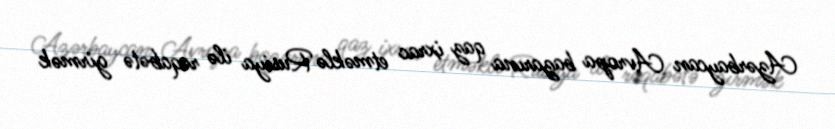
Azərbaycan Avropa bazarına qaz ixrac etməklə Rusiya ilə rəqabətə girmək